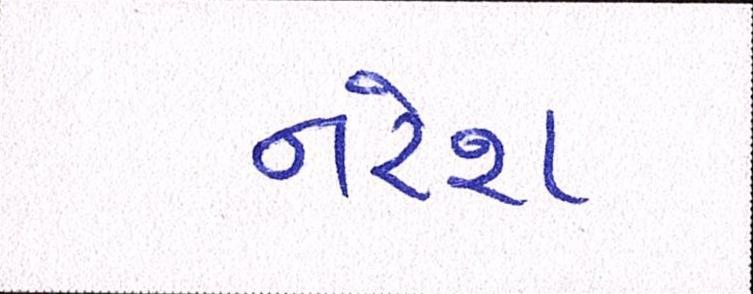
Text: નરેશ